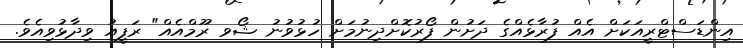
އިންޑަސްޓްރީއަކަށް އެއް ފުރާޅެއްގެ ދަށުން ފޯރުކޮށްދިނުމަށް ހުޅުވުނު ޝޯވ ރޫމްއެއް" ރަފީއު ވިދާޅުވިއެވެ.